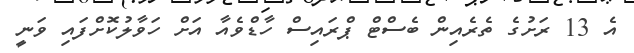
އެ 13 ރަށުގެ ތެރެއިން ބެސްޓް ޕްރައިސް ހާޑްވެއާ އަށް ހަވާލުކޮށްފައި ވަނީ